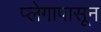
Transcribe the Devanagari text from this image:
प्लेगापासून